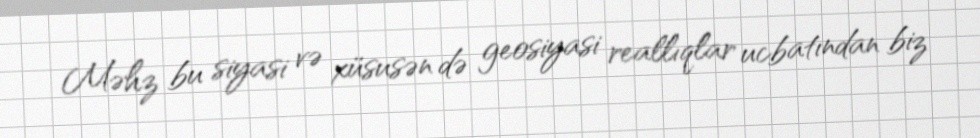
Məhz bu siyasi və xüsusən də geosiyasi reallıqlar ucbatından biz